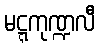
မဋ္ဋကုဏ္ဍလီ